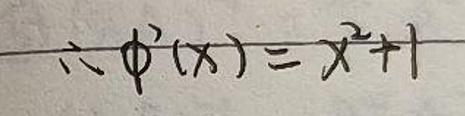
$\therefore \phi '(x)=x^{2}+1$